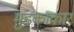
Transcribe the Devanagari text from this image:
मुंडकाकार